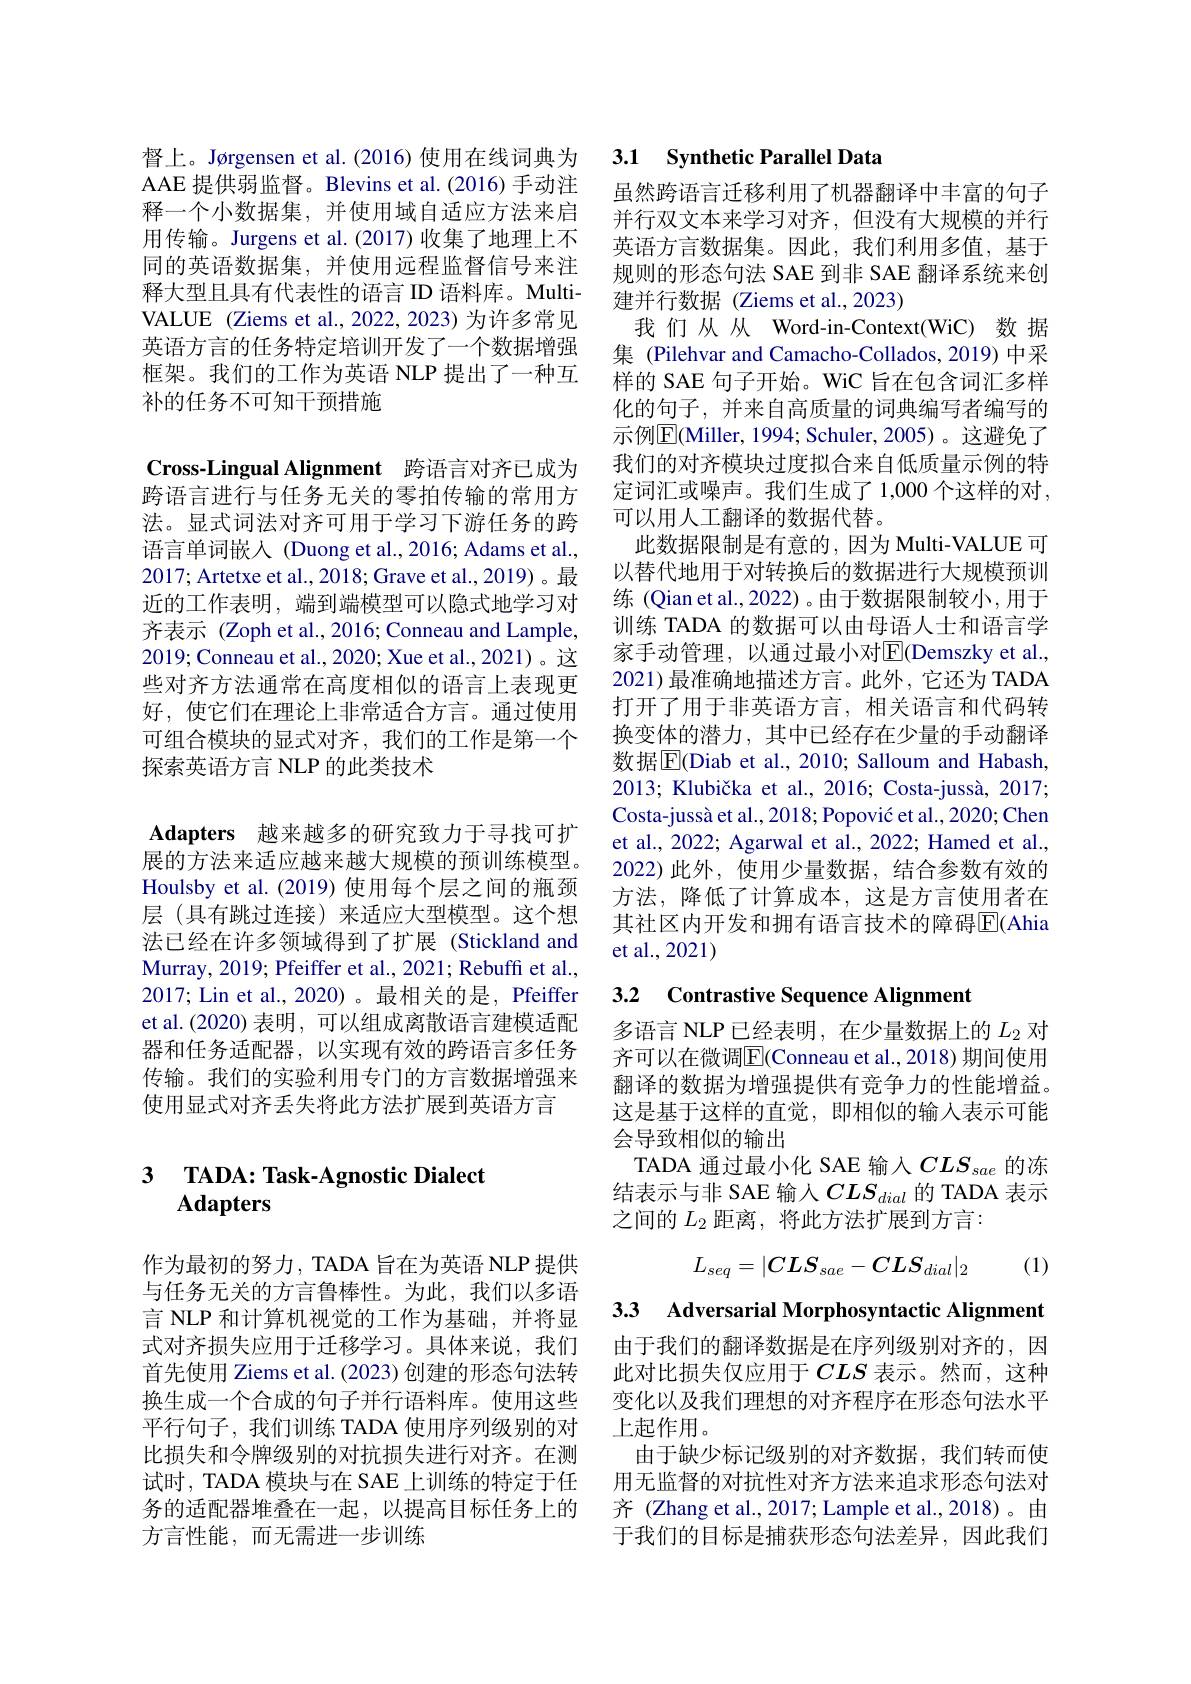
督上。Jørgensen et al.(2016)使用在线词典为AAE 提供弱监督。Blevins et al.(2016) 手动注释一个小数据集，并使用域自适应方法来启用传输。Jurgens et al.(2017)收集了地理上不同的英语数据集，并使用远程监督信号来注释大型且具有代表性的语言 ID 语料库。MultiVALUE (Ziems et al.,2022,2023)为许多常见英语方言的任务特定培训开发了一个数据增强框架。我们的工作为英语 NLP 提出了一种互补的任务不可知干预措施

Cross-Lingual Alignment 跨语言对齐已成为

跨语言进行与任务无关的零拍传输的常用方法。显式词法对齐可用于学习下游任务的跨语言单词嵌入 (Duong et al.,2016; Adams et al., 2017; Artetxe et al., 2018; Grave et al., 2019)。最近的工作表明，端到端模型可以隐式地学习对齐表示 (Zoph et al., 2016; Conneau and Lample, 2019;Conneau et al., 2020; Xue et al., 2021)。这些对齐方法通常在高度相似的语言上表现更好，使它们在理论上非常适合方言。通过使用可组合模块的显式对齐，我们的工作是第一个探索英语方言 NLP 的此类技术

Adapters 越来越多的研究致力于寻找可扩

展的方法来适应越来越大规模的预训练模型。Houlsby et al. (2019) 使用每个层之间的瓶颈层(具有跳过连接)来适应大型模型。这个想法已经在许多领域得到了扩展 (Stickland and Murray, 2019; Pfeiffer et al., 2021; Rebuff et al., 2017; Lin et al., 2020)。最相关的是，Pfeiffer et al.(2020) 表明，可以组成离散语言建模适配器和任务适配器，以实现有效的跨语言多任务传输。我们的实验利用专门的方言数据增强来使用显式对齐丢失将此方法扩展到英语方言

## 3 $\textbf{TADA: Task- Agnostic Dialect}$ Adapters

作为最初的努力，TADA 旨在为英语 NLP 提供与任务无关的方言鲁棒性。为此，我们以多语言 NLP 和计算机视觉的工作为基础，并将显式对齐损失应用于迁移学习。具体来说，我们首先使用 Ziems et al. (2023) 创建的形态句法转换生成一个合成的句子并行语料库。使用这些平行句子，我们训练 TADA 使用序列级别的对比损失和令牌级别的对抗损失进行对齐。在测试时，TADA 模块与在 SAE 上训练的特定于任务的适配器堆叠在一起，以提高目标任务上的方言性能，而无需进一步训练

## 3.1 Synthetic Parallel Data

虽然跨语言迁移利用了机器翻译中丰富的句子并行双文本来学习对齐，但没有大规模的并行英语方言数据集。因此，我们利用多值，基于规则的形态句法 SAE 到非 SAE 翻译系统来创建并行数据(Ziems et al.,2023)
我们从从 Word-in-Context(WiC) 数 据集 (Pilehvar and Camacho-Collados, 2019) 中采样的 SAE 句子开始。WiC 旨在包含词汇多样化的句子，并来自高质量的词典编写者编写的示例$\underline{\mathrm{E}}$(Miller, 1994; Schuler, 2005)。这避免了我们的对齐模块过度拟合来自低质量示例的特定词汇或噪声。我们生成了 1,000 个这样的对， 可以用人工翻译的数据代替。
此数据限制是有意的，因为 Multi-VALUE 可以替代地用于对转换后的数据进行大规模预训练 (Qian et al., 2022) 。由于数据限制较小，用于训练 TADA 的数据可以由母语人士和语言学家手动管理，以通过最小对$\overline{\mathrm{E}}$(Demszky et al., 2021) 最准确地描述方言。此外，它还为 TADA 打开了用于非英语方言，相关语言和代码转换变体的潜力，其中已经存在少量的手动翻译数据$\overline{\mathrm{E}}$(Diab et al., 2010; Salloum and Habash, 2013; Klubička et al., 2016; Costa-jussà, 2017; Costa-jussà et al., 2018; Popović et al., 2020; Chen et al., 2022; Agarwal et al., 2022; Hamed et al., 2022)此外，使用少量数据，结合参数有效的方法，降低了计算成本，这是方言使用者在其社区内开发和拥有语言技术的障碍$\overline{\mathrm{E}}($Ahia et al.,2021)

## 3.2 Contrastive Sequence Alignment

多语言 NLP 已经表明 , 在少量数据上的$L_{2}$对齐可以在微调E$| ( Conneau et al. , 2018) 期 间 使 用$ 翻译的数据为增强提供有竞争力的性能增益。这是基于这样的直觉，即相似的输入表示可能会导致相似的输出
TADA 通过最小化 SAE 输入$CLS_{sae}$的冻结表示与非 SAE 输入$CLS_{dial}$ 的 TADA 表示之间的$L_2$距离，将此方法扩展到方言：
$$L_{seq}=|CLS_{sae}-CLS_{dial}|_2$$
(1)

3.3 Adversarial Morphosyntactic Alignment

由于我们的翻译数据是在序列级别对齐的，因此对比损失仅应用于$CLS$ 表示。然而，这种变化以及我们理想的对齐程序在形态句法水平上起作用。
由于缺少标记级别的对齐数据，我们转而使用无监督的对抗性对齐方法来追求形态句法对齐 (Zhang et al., 2017; Lample et al., 2018)。由于我们的目标是捕获形态句法差异，因此我们